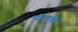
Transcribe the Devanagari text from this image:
चालति